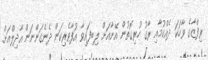
ރިފްޒާގެ ވާހަކަ ދެއްކުމާއި ރާގު ހުރިގޮތުން އޭނާއަށް ލިބިފައިވާ އުފާވެރިކަން ދެނެގަންނަން އާދިލްއަށް